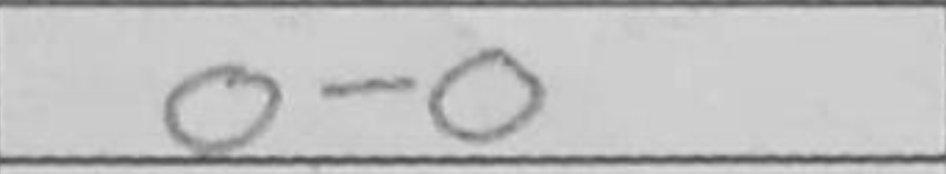
Transcription: O-O